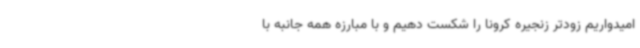
امیدواریم زودتر زنجیره کرونا را شکست دهیم و با مبارزه همه جانبه با